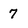
Character: 7